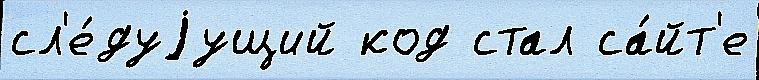
сл'е́дуjущий код стал са́йт'е